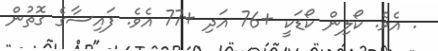
. އެވެ. ކޯލިން ކޯޑަކީ +76 އަދި +77 އެވެ. ފައިސާގެ ގޮތުން